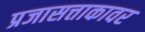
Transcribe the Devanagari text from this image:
प्रजासत्ताकावर